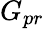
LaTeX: G_{pr}